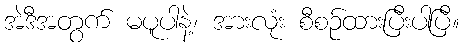
အဲဒီအတွက် မပူပါနဲ့၊ အားလုံး စီစဉ်ထားပြီးပါပြီ။